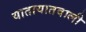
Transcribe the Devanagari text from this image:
यातायातवाली